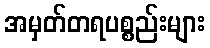
အမှတ်တရပစ္စည်းများ